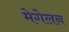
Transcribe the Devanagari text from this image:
मेगेलन